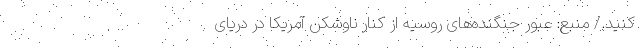
کنید./ منبع: عبور جنگنده‌های روسیه از کنار ناوشکن آمریکا در دریای